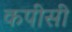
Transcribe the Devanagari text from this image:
कपीसी